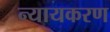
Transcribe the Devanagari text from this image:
न्यायकरण